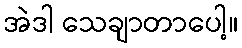
အဲဒါ သေချာတာပေါ့။